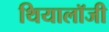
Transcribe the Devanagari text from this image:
थियालॉजी